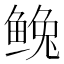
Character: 𩾅